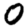
Digit: 0